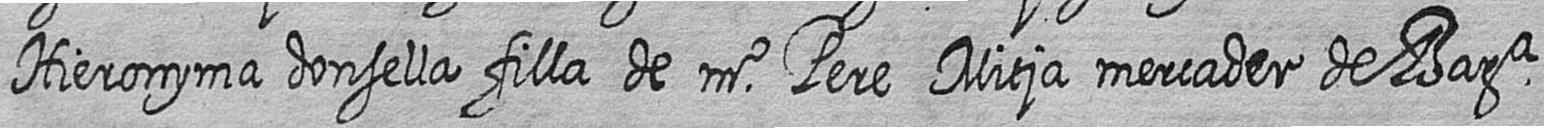
Hieronyma donsella filla de mr Pere Mitja mercader de Bara